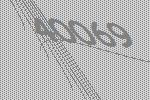
40069